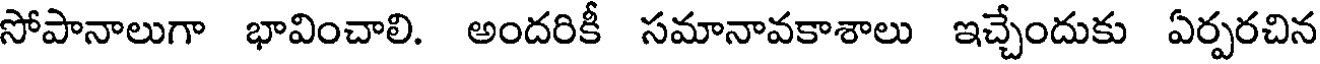
సోపానాలుగా భావించాలి. అందరికీ సమానావకాశాలు ఇచ్చేందుకు ఏర్పరచిన